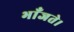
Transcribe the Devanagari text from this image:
भाँजते।